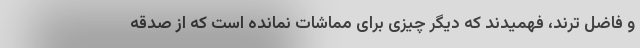
و فاضل ترند، فهمیدند که دیگر چیزی برای مماشات نمانده است که از صدقه